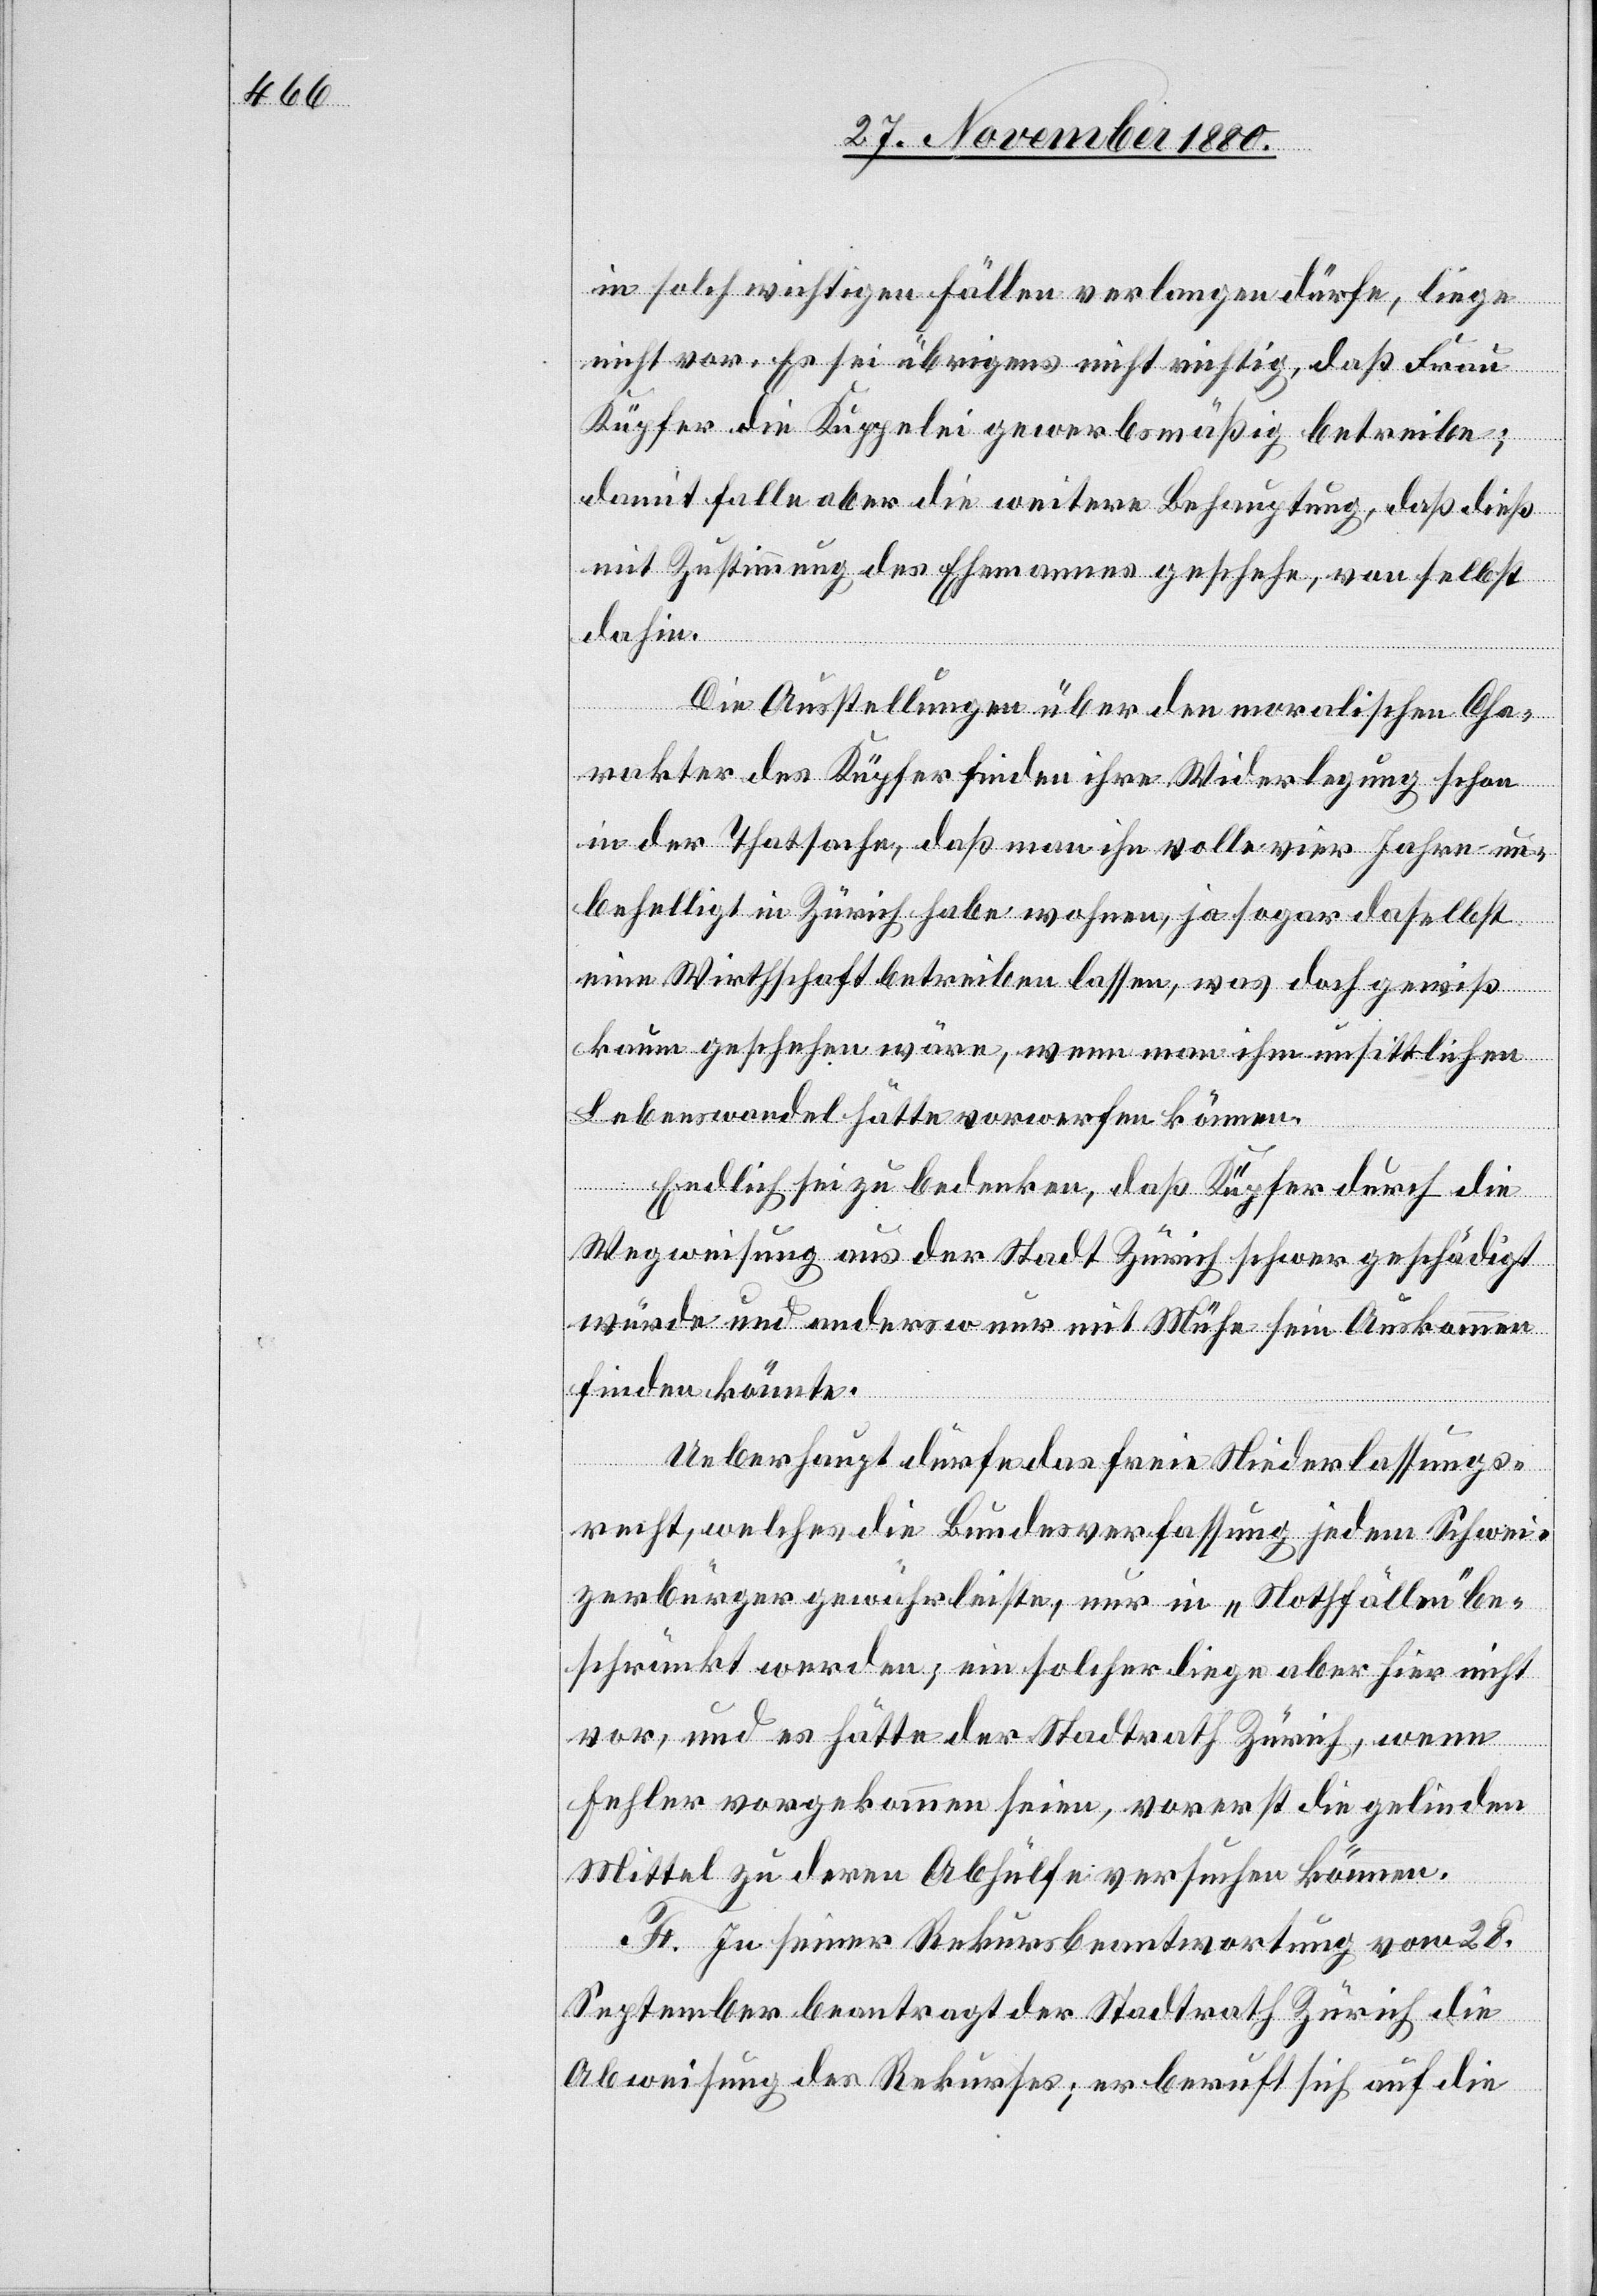
in solch wichtigen Fällen verlangen dürfe, liege
nicht vor. Es sei übrigens nicht richtig, daß Frau
Küpfer die Kuppelei gewerbsmäßig betreibe;
damit falle aber die weitere Behauptung, daß dieß
mit Zustimmung des Ehemannes geschehe, von selbst
dahin.
Die Ausstellungen über den moralischen Cha¬
rakter des Küpfer finden ihre Widerlegung schon
in der Thatsache, daß man ihn volle vier Jahre un¬
behelligt in Zürich habe wohnen, ja sogar daselbst
eine Wirthschaft betreiben lassen, was doch gewiß
kaum geschehen wäre, wenn man ihm unsittlichen
Lebenswandel hätte vorwerfen können.
Endlich sei zu bedenken, daß Küpfer durch die
Wegweisung aus der Stadt Zürich schwer geschädigt
würde und anderswo nur mit Mühe sein Auskommen
finden könnte.
Ueberhaupt dürfe das freie Niederlassungs¬
recht, welches die Bundesverfassung jedem Schwei¬
zerbürger gewährleiste, nur in „Nothfällen“ be¬
schränkt werden; ein solcher liege aber hier nicht
vor, und es hätte der Stadtrath Zürich, wenn
Fehler vorgekommen seien, vorerst die gelinden
Mittel zu deren Abhülfe versuchen können.
F. In seiner Rekursbeantwortung vom 28.
September beantragt der Stadtrath Zürich die
Abweisung des Rekurses; er beruft sich auf die